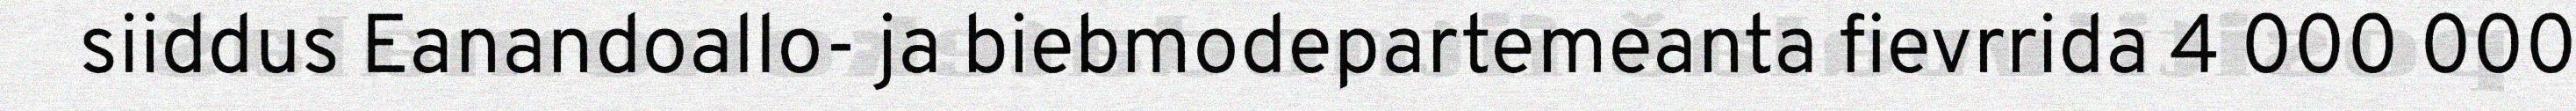
siiddus Eanandoallo- ja biebmodepartemeanta fievrrida 4 000 000